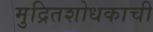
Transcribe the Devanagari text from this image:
मुद्रितशोधकाची